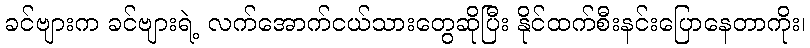
ခင်ဗျားက ခင်ဗျားရဲ့ လက်အောက်ငယ်သားတွေဆိုပြီး နိုင်ထက်စီးနင်းပြောနေတာကိုး၊